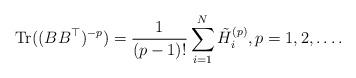
LaTeX: \begin{align*} \textrm{Tr} ( ( B B^{\top} )^{- p} ) = \frac{1}{( p - 1 )!} \sum_{i = 1}^{N} \tilde{H}_{i}^{( p )}, p = 1, 2, \dots . \end{align*}